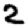
Digit: 2